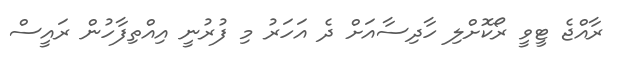
ރާއްޖެ ޓީވީ ރޯކޮށްލި ހާދިސާއަށް ދެ އަހަރު މި ފުރުނީ އިއްތިފާހުން ރައީސް